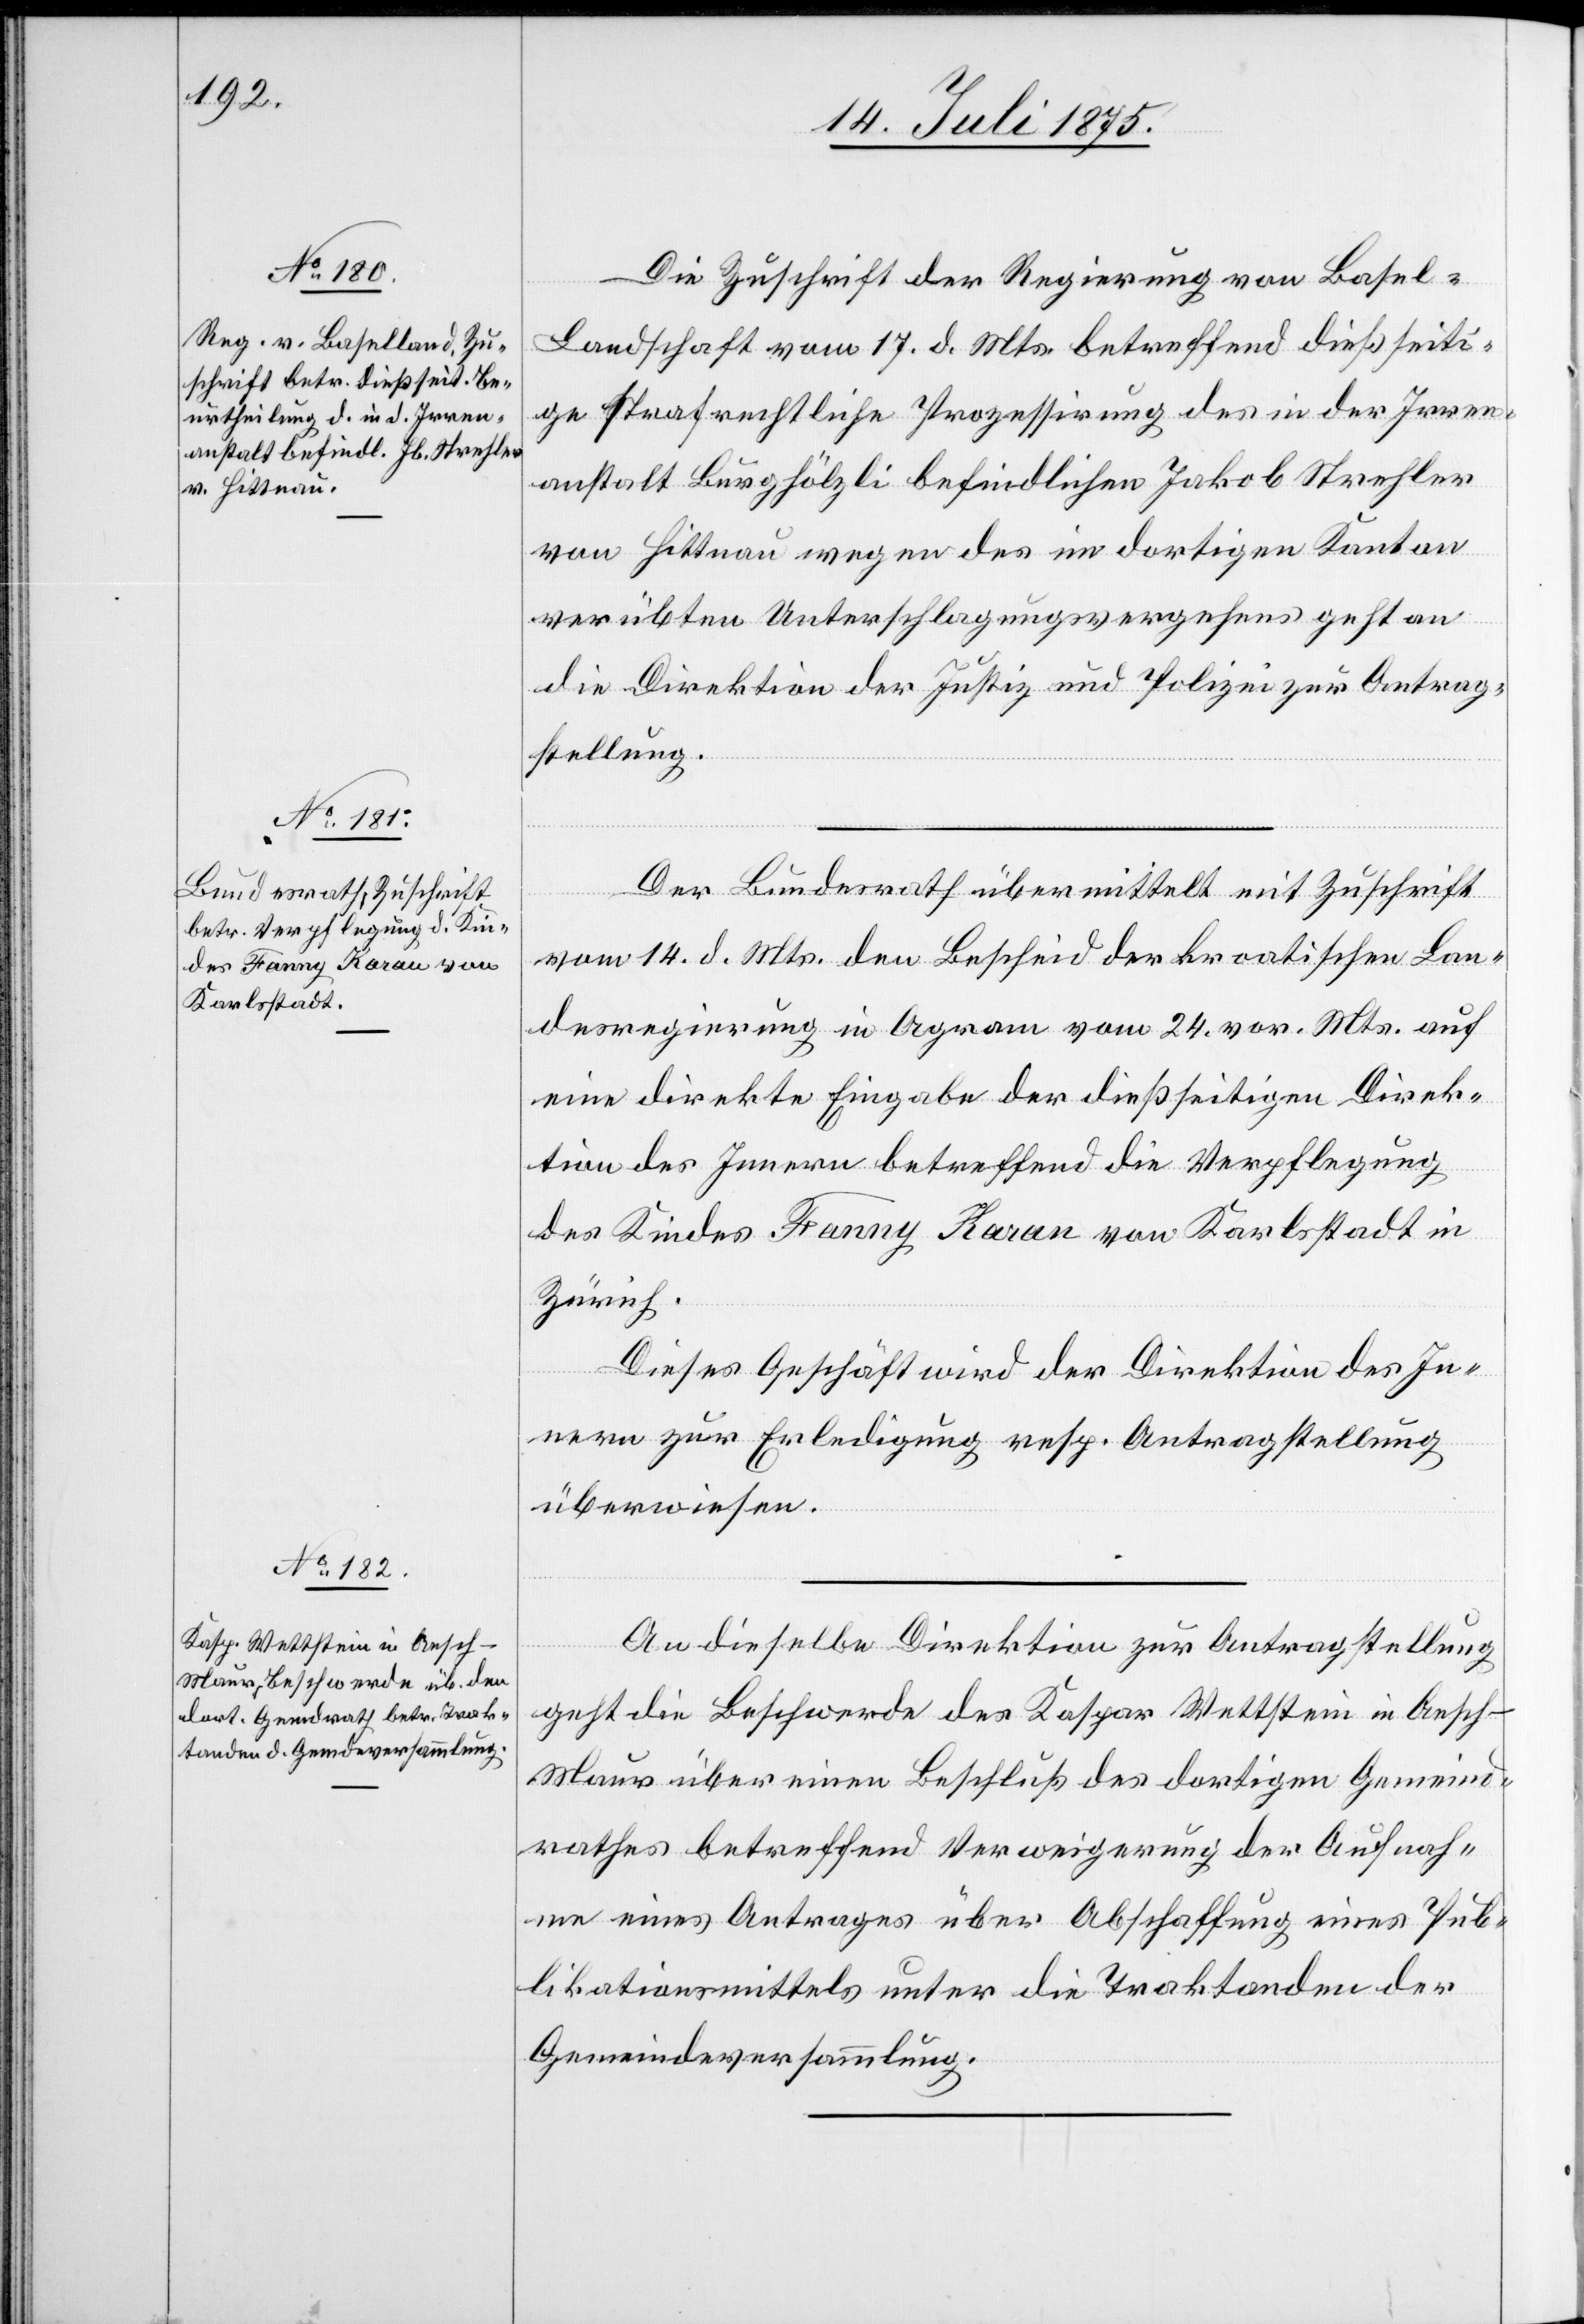
20. Juli 1875.]
Die Zuschrift der Regierung von Basel-L¬
andschaft vom 17. d. Mts. betreffend dießseiti¬
ge strafrechtliche Prozessirung des in der Irren¬
anstalt Burghölzli befindlichen Jakob Strehler
von Hittnau wegen des im dortigen Kanton
verübten Unterschlagungsvergehens geht an
die Direktion der Justiz und Polizei zur Antrag¬
stellung.
Der Bundesrath übermittelt mit Zuschrift
vom 14. d. Mts. den Bescheid der kroatischen Lan¬
desregierung in Agram vom 24. vor. Mts. auf
eine direkte Eingabe der dießseitigen Direk¬
tion des Innern betreffend die Verpflegung
des Kindes Fanny Karan von Karlsstadt in
Zürich.
Dieses Geschäft wird der Direktion des In¬
nern zur Erledigung resp. Antragstellung
überwiesen.
An dieselbe Direktion zur Antragstellung
geht die Beschwerde des Kaspar Wettstein in Aesch -
Maur über einen Beschluß des dortigen Gemeind¬
rathes betreffend Verweigerung der Aufnah¬
me eines Antrages über Abschaffung eines Pub¬
likationsmittels unter die Traktanden der
Gemeindeversammlung.